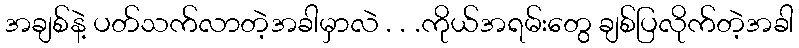
အချစ်နဲ့ ပတ်သက်လာတဲ့အခါမှာလဲ . . .ကိုယ်အရမ်းတွေ ချစ်ပြလိုက်တဲ့အခါ